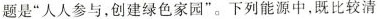
题是”人人参与，创建绿色家园”。下列能源中，既比较清